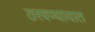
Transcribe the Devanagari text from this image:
ठरवण्यायात